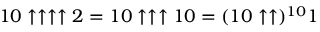
1 0 \uparrow \uparrow \uparrow \uparrow 2 = 1 0 \uparrow \uparrow \uparrow 1 0 = ( 1 0 \uparrow \uparrow ) ^ { 1 0 } 1